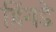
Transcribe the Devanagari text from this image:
हिंगडे